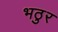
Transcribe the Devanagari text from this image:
भठुर